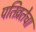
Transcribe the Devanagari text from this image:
पतिव्रतेचा